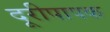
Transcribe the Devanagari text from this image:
दूरीपापक